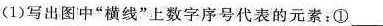
(1)写出图中”横线”上数字序号代表的元素；①___